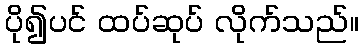
ပို၍ပင် ထပ်ဆုပ် လိုက်သည်။